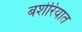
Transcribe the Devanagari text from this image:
बशेरियात